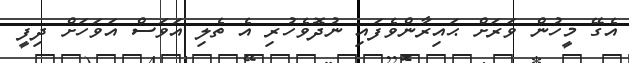
އެގޭ މީހުން ވަރަށް ޙައިރާންވެފައި ނުދޮވެހުރި އެ ތެލި އަވަސް އަވަހަށް ދިފީ